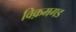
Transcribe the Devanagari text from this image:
विक़मगड